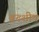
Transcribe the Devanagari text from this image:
बख्शीष